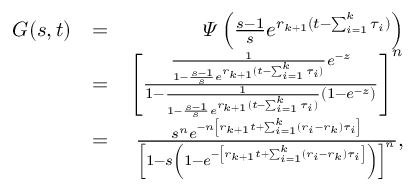
\begin{array} { r l r } { G ( s , t ) } & { = } & { \varPsi \left( \frac { s - 1 } { s } e ^ { r _ { k + 1 } ( t - \sum _ { i = 1 } ^ { k } \tau _ { i } ) } \right) } \\ & { = } & { \left[ \frac { \frac { 1 } { 1 - \frac { s - 1 } { s } e ^ { r _ { k + 1 } ( t - \sum _ { i = 1 } ^ { k } \tau _ { i } ) } } e ^ { - z } } { 1 - \frac { 1 } { 1 - \frac { s - 1 } { s } e ^ { r _ { k + 1 } ( t - \sum _ { i = 1 } ^ { k } \tau _ { i } ) } } ( 1 - e ^ { - z } ) } \right] ^ { n } } \\ & { = } & { \frac { s ^ { n } e ^ { - n \left[ r _ { k + 1 } t + \sum _ { i = 1 } ^ { k } ( r _ { i } - r _ { k } ) \tau _ { i } \right] } } { \left[ 1 - s \left( 1 - e ^ { - \left[ r _ { k + 1 } t + \sum _ { i = 1 } ^ { k } ( r _ { i } - r _ { k } ) \tau _ { i } \right] } \right) \right] ^ { n } } , } \end{array}